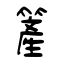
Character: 簅